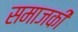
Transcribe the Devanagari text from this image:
समाजकी